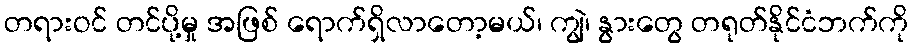
တရားဝင် တင်ပို့မှု အဖြစ် ရောက်ရှိလာတော့မယ်၊ ကျွဲ၊ နွားတွေ တရုတ်နိုင်ငံဘက်ကို